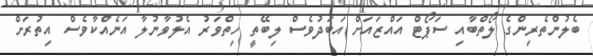
ބެލުންތެރިންގެ ލޯތްބާއި ސަޕޯޓް އައްޒައަށް އަބަދުވެސް ލިބޭތީ ހިތްވަރު އެލުވާނުލާ އަނެއްކާވެސް އިތުރަށް